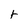
Character: t